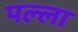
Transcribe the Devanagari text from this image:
पल्‍ला